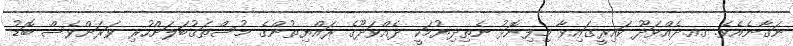
ނަގާނެއެވެ. ގއ.ދެއްވަދޫ ކައިރީގައިވާ މިފިނޮޅު ނެތިދިޔުމަކީ ދެއްވަދޫގެ ރައްޔިތުންގެ މުސްތަޤުބަލަށްހުރި ވަރަށްވެސް ބޮޑު